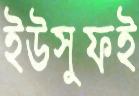
ইউসুফই